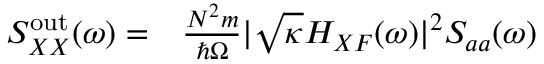
\begin{array} { r l } { S _ { X X } ^ { \mathrm { o u t } } ( \omega ) = } & { { } \frac { N ^ { 2 } m } { \hbar \Omega } | \sqrt { \kappa } H _ { X F } ( \omega ) | ^ { 2 } S _ { a a } ( \omega ) } \end{array}